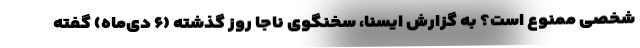
شخصی ممنوع است؟ به گزارش ایسنا، سخنگوی ناجا روز گذشته (۶ دی‌ماه) گفته